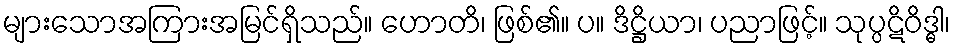
များသောအကြားအမြင်ရှိသည်။ ဟောတိ၊ ဖြစ်၏။ ပ။ ဒိဋ္ဌိယာ၊ ပညာဖြင့်။ သုပ္ပဋိဝိဒ္ဓါ၊